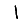
Digit: 1